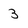
Character: 3